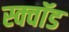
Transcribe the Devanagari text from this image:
स्क्वॉड